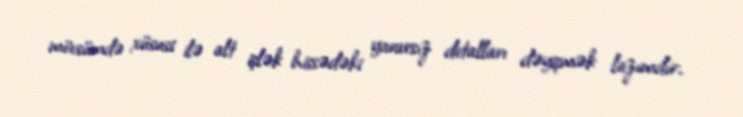
mövsümdə xüsusi ilə alt işlək hissədəki yararsız detalları dəyişmək lazımdır.